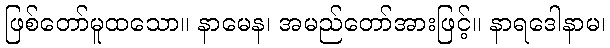
ဖြစ်တော်မူထသော။ နာမေန၊ အမည်တော်အားဖြင့်။ နာရဒေါနာမ၊